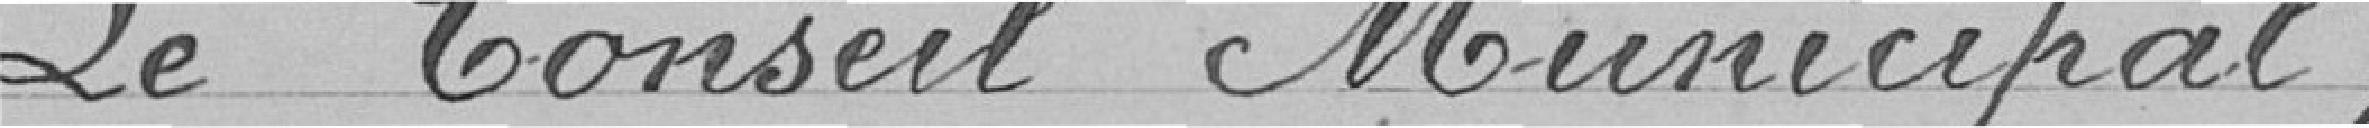
Le Conseil Municipal,